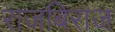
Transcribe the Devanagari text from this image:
राजबिराज